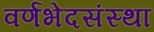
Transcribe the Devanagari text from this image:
वर्णभेदसंस्था